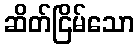
ဆိတ်ငြိမ်သော